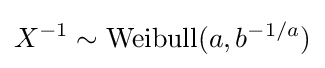
X^{-1}\sim \mathrm {Weibull} (a,b^{-1/a})